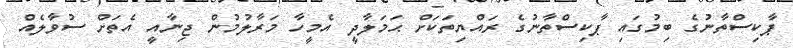
ޕާކިސްތާނުގެ ބިމުގައި ޕާކިސްތާނުގެ ރައްޔިތަކަށް ޙަމަލާދީ އެމީހާ މަރާލުމުން ޖިނާއީ އެތަށް ސުވާލެއް